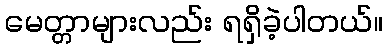
မေတ္တာများလည်း ရရှိခဲ့ပါတယ်။